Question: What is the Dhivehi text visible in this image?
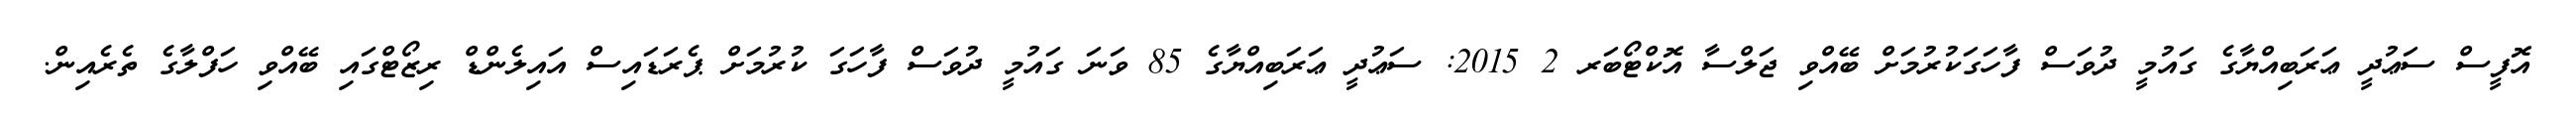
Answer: އޮފީސް ސަޢުދީ ޢަރަބިއްޔާގެ ގައުމީ ދުވަސް ފާހަގަކުރުމަށް ބޭއްވި ޖަލްސާ އޮކްޓޯބަރ 2 2015: ސަޢުދީ ޢަރަބިއްޔާގެ 85 ވަނަ ގައުމީ ދުވަސް ފާހަގަ ކުރުމަށް ޕެރަޑައިސް އައިލެންޑް ރިޒޯޓްގައި ބޭއްވި ހަފްލާގެ ތެރެއިން.